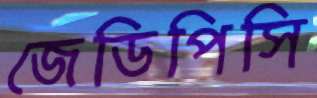
জেডিপিসি